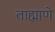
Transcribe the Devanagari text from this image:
ताह्माणे